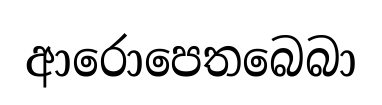
ආරොපෙතබෙබා